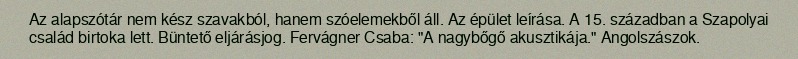
Az alapszótár nem kész szavakból, hanem szóelemekből áll. Az épület leírása. A 15. században a Szapolyai család birtoka lett. Büntető eljárásjog. Fervágner Csaba: "A nagybőgő akusztikája." Angolszászok.